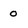
Character: o